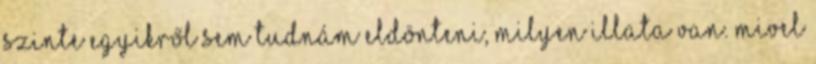
szinte egyikről sem tudnám eldönteni, milyen illata van. Mivel